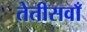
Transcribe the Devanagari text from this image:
तेतीसवाँ